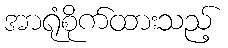
အာရုံစိုက်ထားသည့်